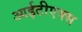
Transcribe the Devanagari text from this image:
आईटीएक्स